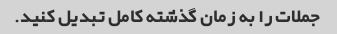
جملات را به زمان گذشته کامل تبدیل کنید.